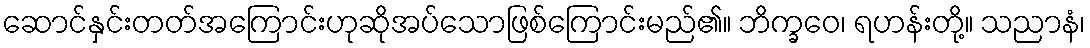
ဆောင်နှင်းတတ်အကြောင်းဟုဆိုအပ်သောဖြစ်ကြောင်းမည်၏။ ဘိက္ခဝေ၊ ရဟန်းတို့။ သညာနံ၊